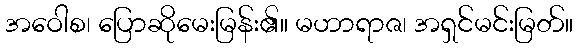
အဝေါစ၊ ပြောဆိုမေးမြန်း၏။ မဟာရာဇ၊ အရှင်မင်းမြတ်။